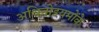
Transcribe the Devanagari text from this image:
अधिनोइयमोंके